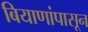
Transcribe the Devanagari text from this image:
बियाणांपासून